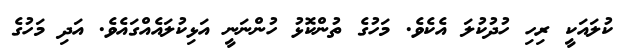
ކުލައަކީ ރިހި ހުދުކުލަ އެކެވެ. މަހުގެ ތުންކޮޅު ހުންނަނީ އަޅިކުލައެއްގައެވެ. އަދި މަހުގެ